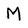
Character: M